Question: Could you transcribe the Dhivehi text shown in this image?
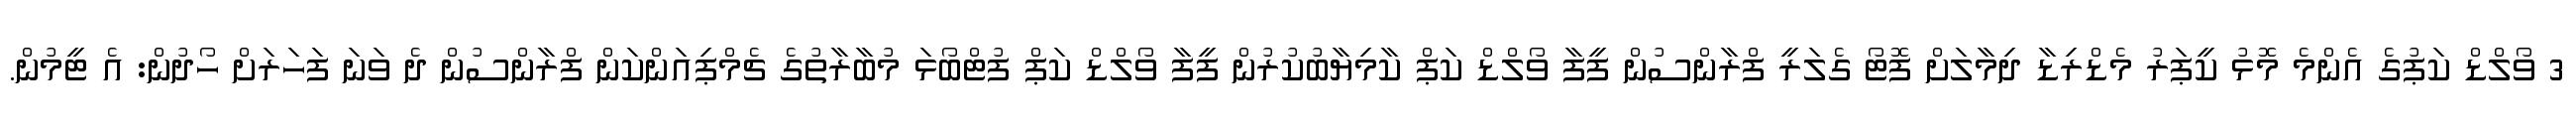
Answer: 3 ވޯލްޑް ކަޕުގެ އެންމެ މޮޅު ކީޕަރު މެޑްރިޑާ ދިމާލަށް ފޮޓޯ ގެލަރީ ފްރާންސުން ފީފާ ވޯލްޑް ކަޕް ކާމިޔާބުކުރުން ފީފާ ވޯލްޑް ކަޕް ފުޓްބޯޅަ މުބާރާތުގެ ޗެމްޕިއަންކަން ފްރާންސުން ދެ ވަނަ ފަހަރަށް ހޯދުން: އެ ޓީމުން.